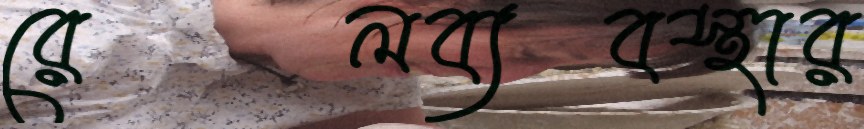
রেলব্যবস্থার